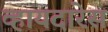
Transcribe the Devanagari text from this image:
व्हायदारेस